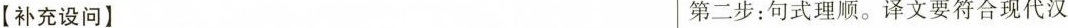
【补充设问】 第二步：句式理顺。译文要符合现代汉